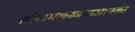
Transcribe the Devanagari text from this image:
श्रीरामलक्ष्मणजानकी